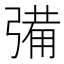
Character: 㣁